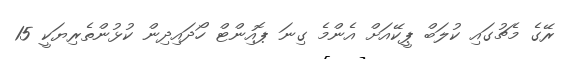
ރޭގެ މެޗުގައި ކުލަބް ޕީކޭއަށް އެންމެ ގިނަ ޕޮއިންޓް ހޯދައިދިން ކުޅުންތެރިޔަކީ 15